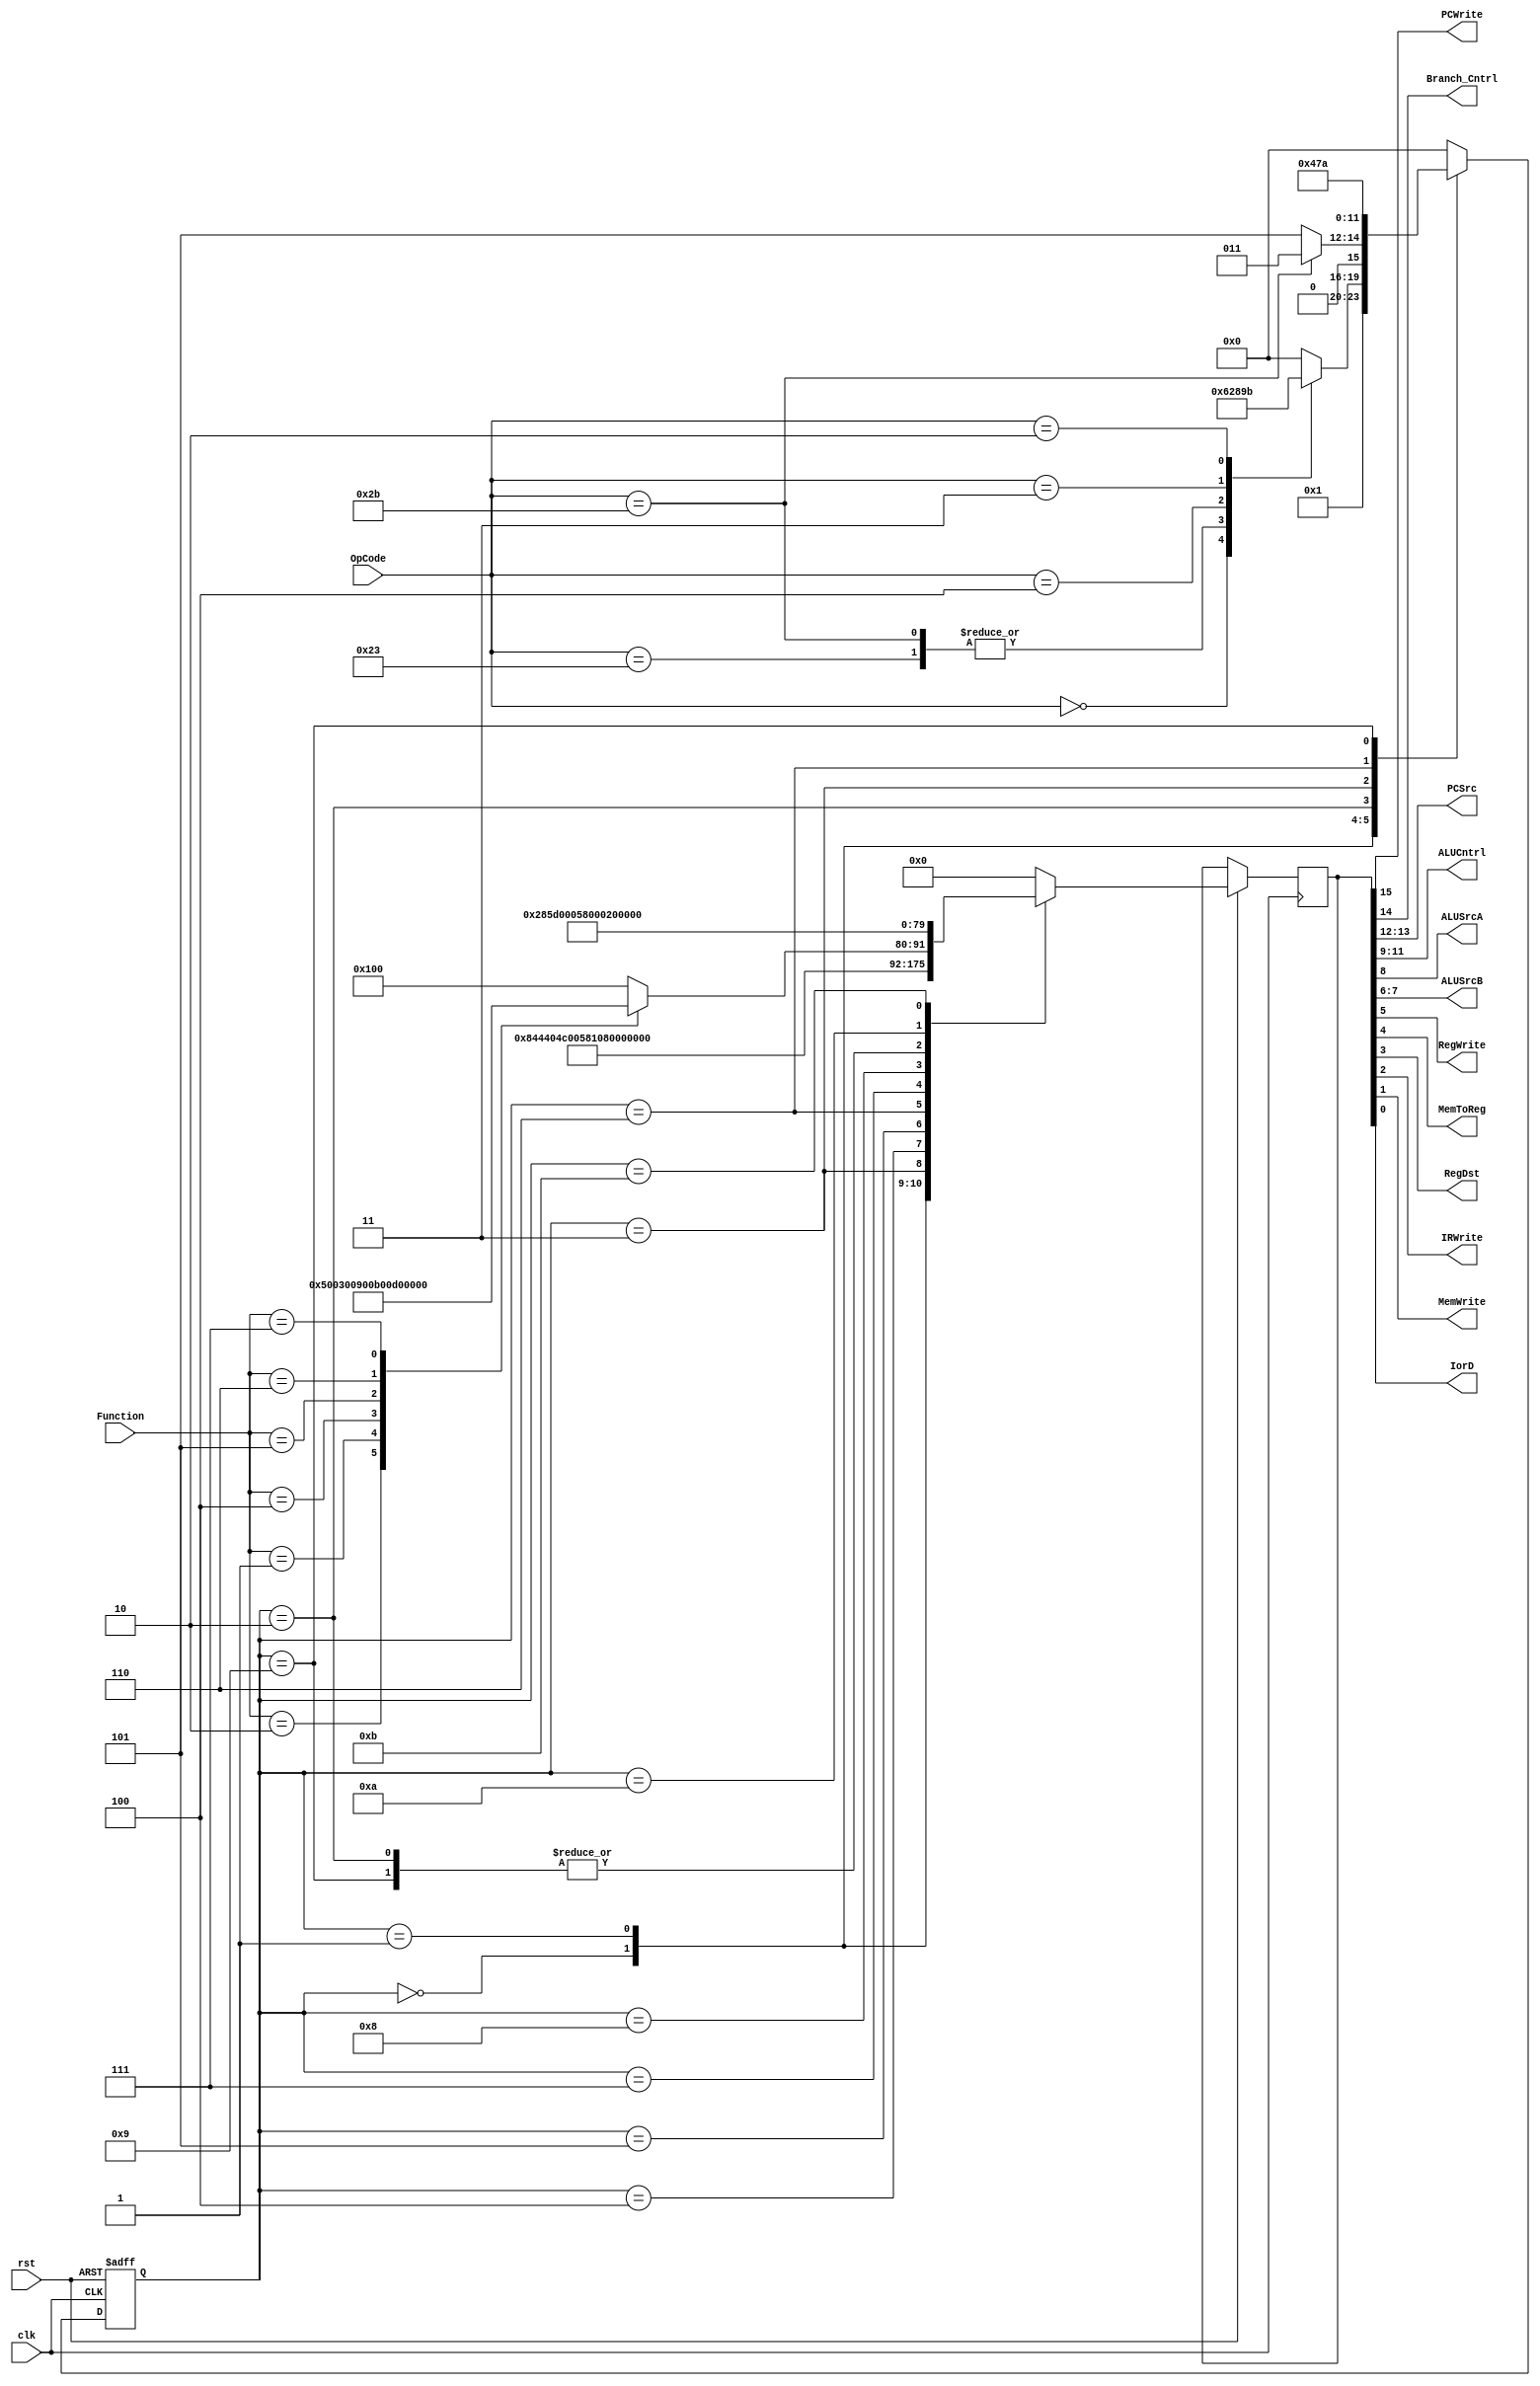
//Maquina de estados para el MIPS_multi


module Cntrl_FSM (
	input clk,
	input rst,
	input [5:0] OpCode,
	input  [5:0]Function,
	output wire PCWrite,
	output wire Branch_Cntrl,
	output wire [1:0]PCSrc,
	output wire [2:0]ALUCntrl,
	output wire ALUSrcA,
	output wire [1:0]ALUSrcB,
	output wire RegWrite,
	output wire MemToReg,
	output wire RegDst,
	output wire IRWrite,
	output wire MemWrite,
	output wire IorD
	
);
reg [15:0] Out;
reg [3:0] State = 4'b0000; 
//reg [3:0] Next_State = 4'b0000; 

localparam 	FETCH 	= 4'd0,
			DECODE 	= 4'd1,
			MEMADR 	= 4'd2,
			MEMREAD	= 4'd3,
			MEMWRBK	= 4'd4,
			MEMWR	= 4'd5,
			EXEC	= 4'd6,
			ALUWRBK	= 4'd7,
			BRANCH	= 4'd8,
			ADDIEX	= 4'd9,
			ADDIWRBK= 4'd10,
			JMP		= 4'd11;

localparam OpR_Type = 6'b000_000;
localparam OpSW 	= 6'b100_011;
localparam OpLW 	= 6'b101_011;
localparam OpBEQ 	= 6'b000_100;
localparam OpADDI 	= 6'b000_011;
localparam OpJMP 	= 6'b000_010;

 
localparam	AND	  	= 3'b000,
			OR		= 3'b001,
			ADD 	= 3'b010,
			SUBTRCT	= 3'b110,
			SRL		= 3'b100,
			SLL		= 3'b101,
			XOR		= 3'b111;
			
// always @(State) begin
	// case(State)
		
// end



always @(posedge clk or negedge rst) begin
	if(!rst) begin
		State <= FETCH;
	end else	
	case(State) //case para ramificacion entre instrucciones
		FETCH: begin
			Out <= 16'b1_0_00_010_0_01_0_0_0_1_0_0;
			State <= DECODE;
		end
		DECODE: begin
			Out <= 16'b0_0_00_010_0_11_0_0_0_0_0_0;  //alusrca =1
			case(OpCode)
				OpR_Type: 	State <= EXEC;
				OpLW:		State <= MEMADR;
				OpSW:		State <= MEMADR;
				OpBEQ:		State <= BRANCH;
				OpADDI:		State <= ADDIEX;
				OpJMP:		State <= JMP;
				default: 	State <= FETCH;
			endcase
		end
		MEMADR: begin
			Out <= 16'b0_0_00_010_1_10_0_0_0_0_0_0;
			if(OpCode == OpLW) begin
				State <= MEMREAD;
			end else begin //OpSW
				State <= MEMWR;
			end
		end
		MEMREAD: begin
			Out <= 16'b0_0_00_010_1_10_0_0_0_0_0_1;
			State <= MEMWRBK;
		end
		MEMWRBK: begin
			Out <= 16'b0_0_00_010_1_10_1_1_0_0_1_1;
			State <= FETCH;
		end
		MEMWR: begin
			Out <= 16'b0_0_00_010_1_10_0_0_0_0_1_1;
			State <= FETCH;
		end
		EXEC: begin
			//case para diferenciar la operacion de la ALU
			case(Function)
				AND:		Out <= 16'b0_0_00_000_1_00_0_0_0_0_0_0;
				ADD:		Out <= 16'b0_0_00_010_1_00_0_0_0_0_0_0;
				OR:			Out <= 16'b0_0_00_001_1_00_0_0_0_0_0_0;
				SRL:		Out <= 16'b0_0_00_100_1_00_0_0_0_0_0_0;
				SLL:		Out <= 16'b0_0_00_101_1_00_0_0_0_0_0_0;
				SUBTRCT:	Out <= 16'b0_0_00_110_1_00_0_0_0_0_0_0;
				//ADDI:		Out <= 16'b0_0_00_010_0_00_0_0_0_0_0_0;
				XOR:		Out <= 16'b0_0_00_111_1_00_0_0_0_0_0_0;
				default:	Out <= 16'b0_0_00_000_1_00_0_0_0_0_0_0;
			endcase
			
			State <= ALUWRBK;
		end
		ALUWRBK: begin
			Out <= 16'b0_0_00_000_0_00_1_0_1_0_0_0;
			State <= FETCH;
		end
		BRANCH: begin
			Out <= 16'b0_1_01_110_1_00_0_0_0_0_0_0;
			State <= FETCH;
		end
		ADDIEX: begin
			Out <= 16'b0_0_00_010_1_10_0_0_0_0_0_0;
			State <= ADDIWRBK;
		end
		ADDIWRBK: begin
			Out <= 16'b0_0_00_000_0_00_1_0_0_0_0_0;
			State <= FETCH;
		end
		JMP: begin
			Out <= 16'b1_0_10_000_0_00_0_0_0_0_0_0;
			State <= FETCH;
		end
		default: begin
			Out <= 16'b0_0_00_000_0_00_0_0_0_0_0_0;
			State <= FETCH;
		end
	endcase
end

assign {PCWrite, Branch_Cntrl, PCSrc[1], PCSrc[0], ALUCntrl[2],ALUCntrl[1],
		ALUCntrl[0], ALUSrcA, ALUSrcB[1], ALUSrcB[0], RegWrite, MemToReg,
		RegDst, IRWrite, MemWrite, IorD}= Out;
		
endmodule //Cntrl_FMS